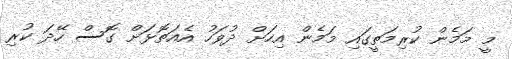
މީ މަމެން ކުރިމަތީގައި މަމެން އިހަށް ދުވަހު އެއަތޮޅަށް ގޮސް ހޭދަ ކުރި